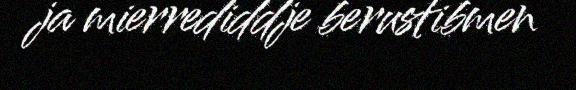
ja mierrediddje berustibmen